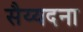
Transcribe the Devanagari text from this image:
सैय्यदना